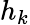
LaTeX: h_{k}